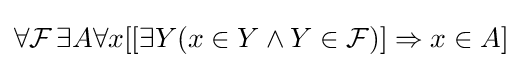
\forall {\mathcal {F}}\,\exists A\forall x[[\exists Y(x\in Y\land Y\in {\mathcal {F}})]\Rightarrow x\in A]